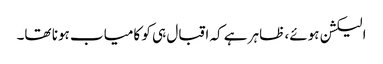
الیکشن ہوئے، ظاہر ہے کہ اقبال ہی کو کامیاب ہونا تھا۔